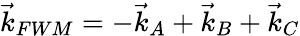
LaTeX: \vec{k}_{FWM}=-\vec{k}_{A}+\vec{k}_{B}+\vec{k}_{C}